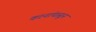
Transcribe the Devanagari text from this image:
कानांपासून